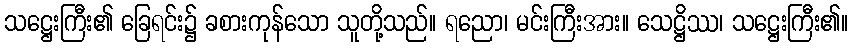
သဋ္ဌေးကြီး၏ ခြေရင်း၌ ခစားကုန်သော သူတို့သည်။ ရညော၊ မင်းကြီးအား။ သေဋ္ဌိဿ၊ သဋ္ဌေးကြီး၏။